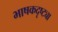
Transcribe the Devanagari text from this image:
भाषकदृष्ट्या